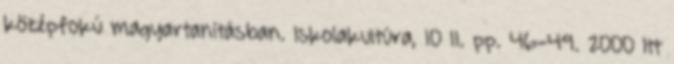
középfokú magyartanításban. Iskolakultúra, 10 11. pp. 46-49. 2000 Itt